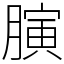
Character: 𦟘